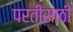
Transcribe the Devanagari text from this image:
परतीसाठी